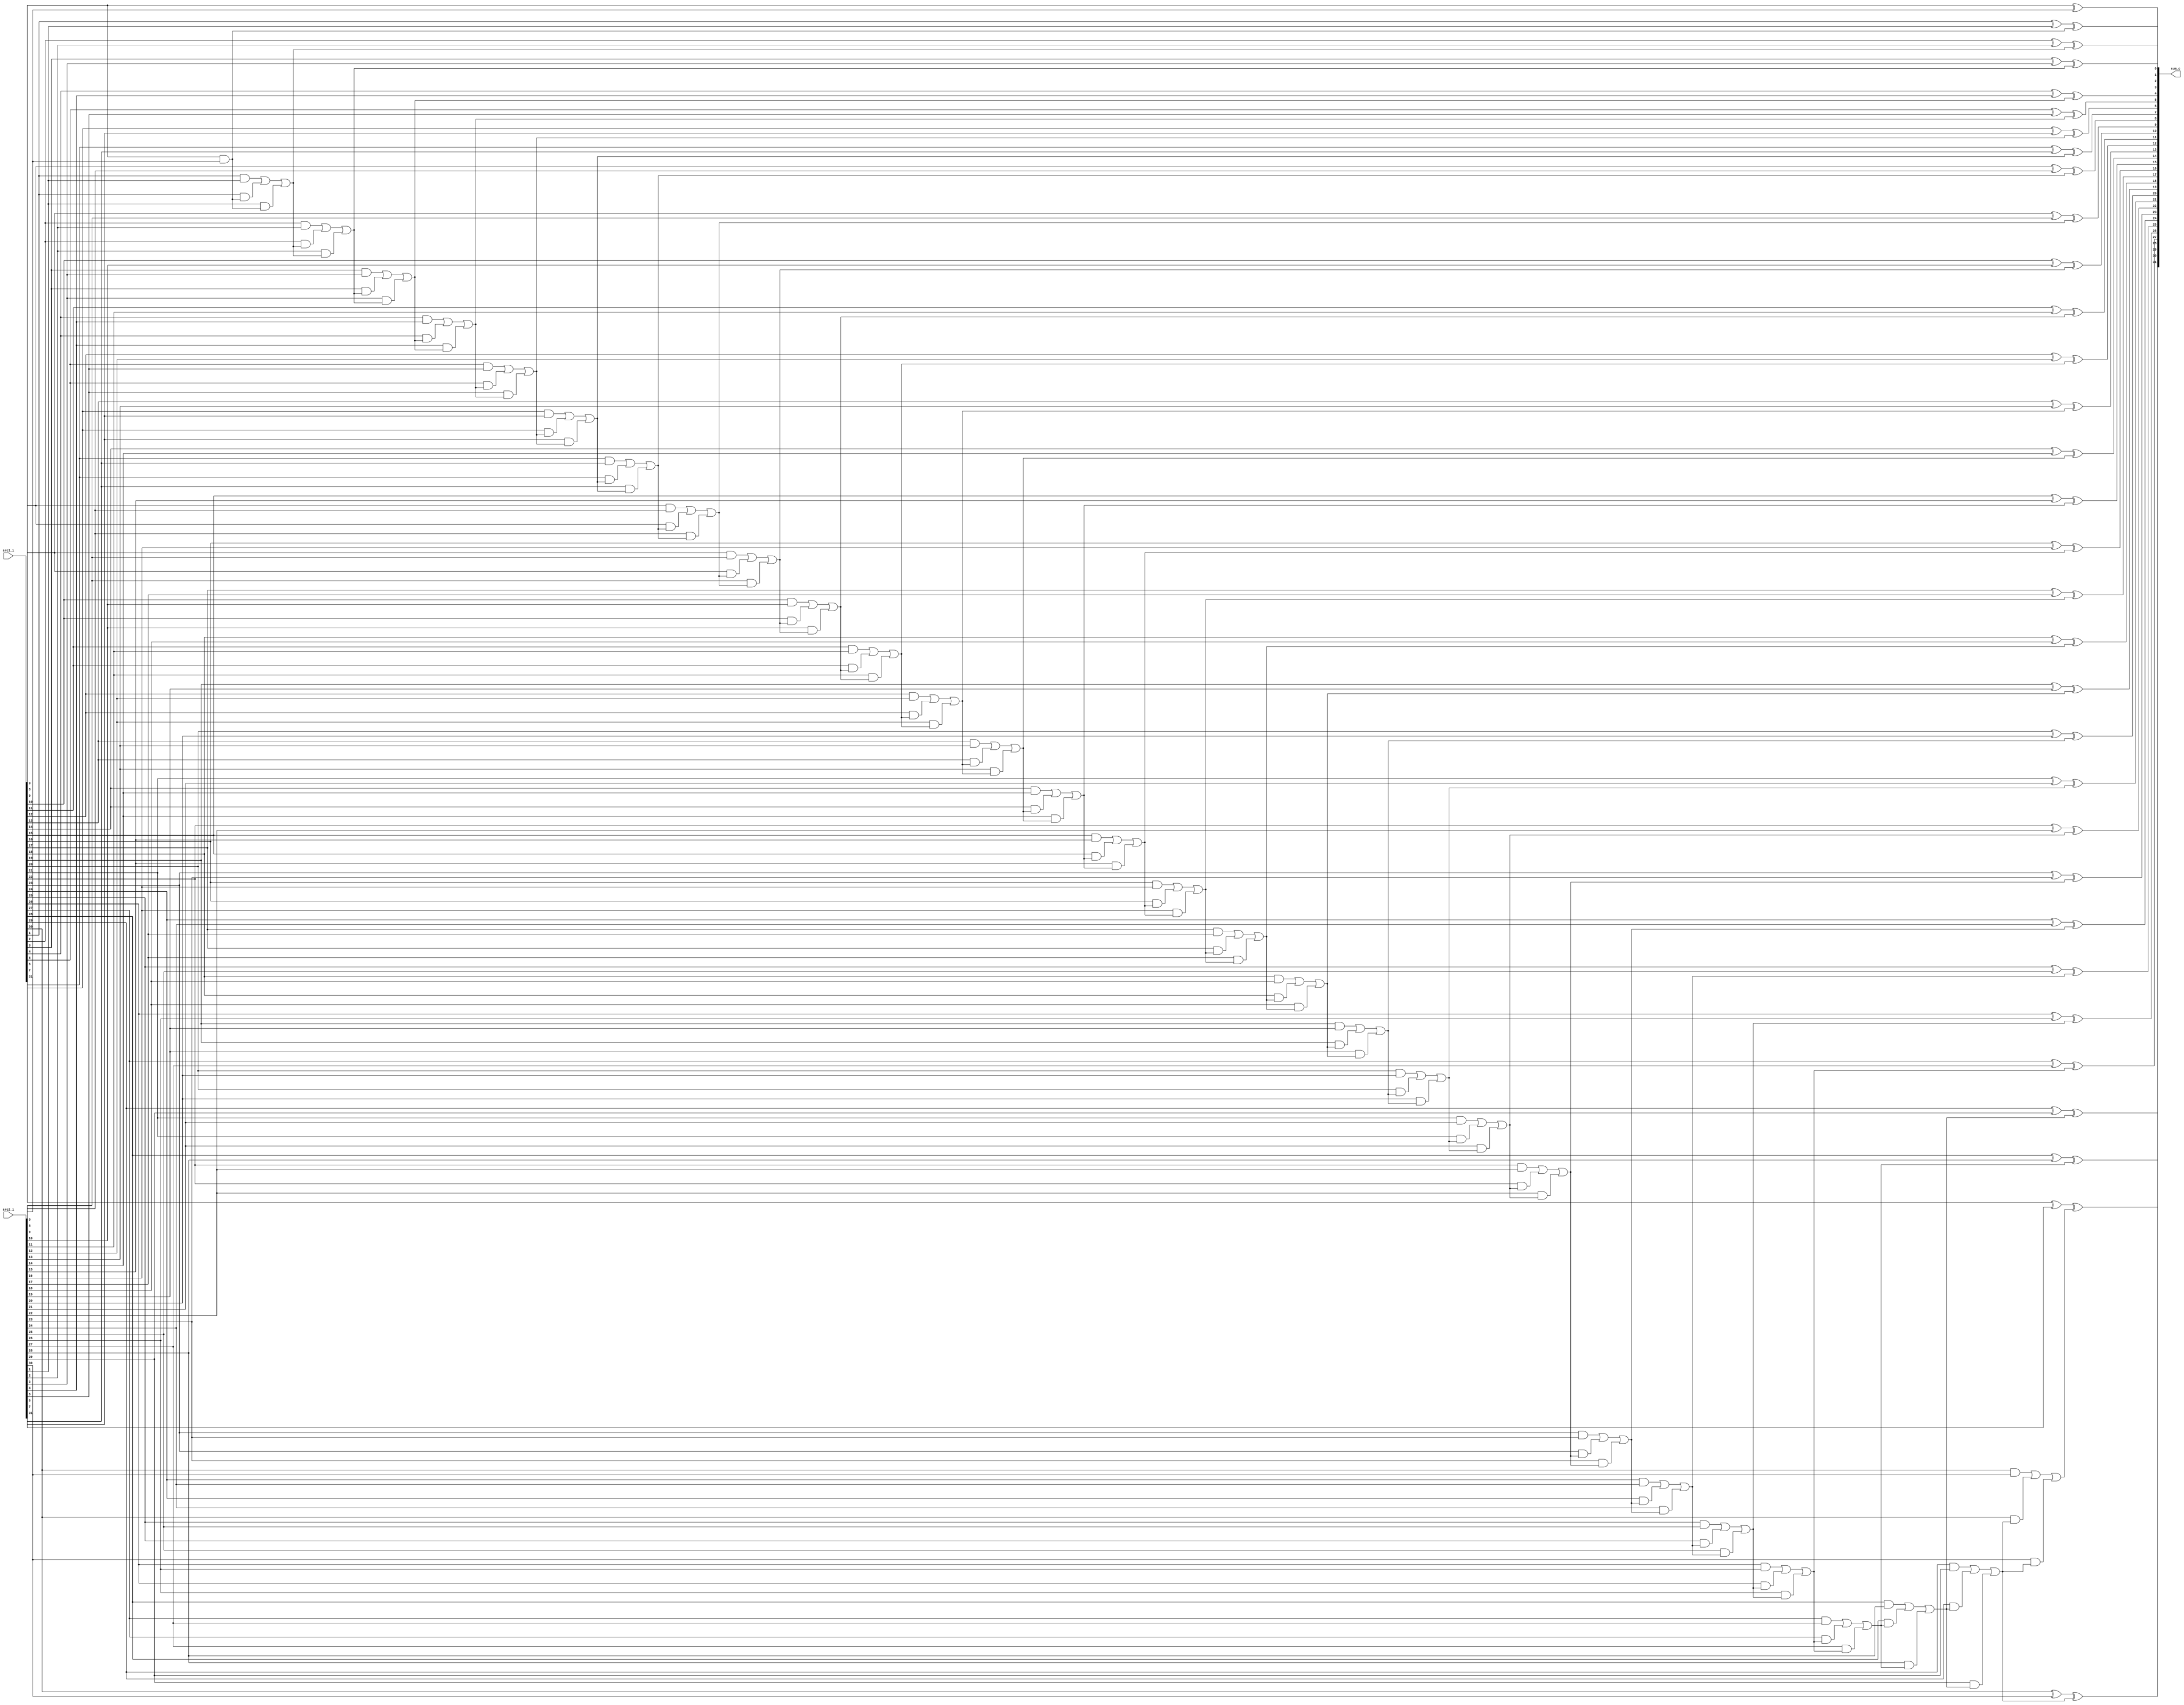
/***************************************************
Student Name: La, B
Student ID: 0716229, 0716236
***************************************************/

`timescale 1ns/1ps

module Adder(
    input  [32-1:0] src1_i,
	input  [32-1:0] src2_i,
	output [32-1:0] sum_o
	);
    
/* Write your code HERE */
	wire carry[31:0];
	genvar index;
	assign sum_o[0]=src1_i[0] ^ src2_i[0];
	assign carry[0]=(src1_i[0] & src2_i[0]);
	
	for(index=1;index<32;index=index+1)begin
		assign sum_o[index]=src1_i[index] ^ src2_i[index] ^ carry[index-1];
		assign carry[index]=(src1_i[index] & src2_i[index]) | (src1_i[index] & carry[index-1]) | (src2_i[index] & carry[index-1]);
	end
endmodule